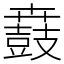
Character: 鼖